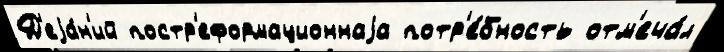
Д'еjа́н'ий постр'еформационнаjа потр'е́бность отм'еча́л